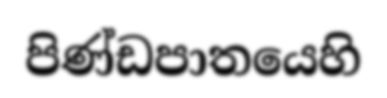
පිණ්ඩපාතයෙහි